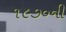
૧૯૭૦ની